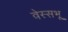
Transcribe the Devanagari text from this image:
वेस्सभू